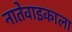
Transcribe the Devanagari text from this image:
नातेवाइकाला